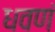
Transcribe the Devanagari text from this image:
धवणं